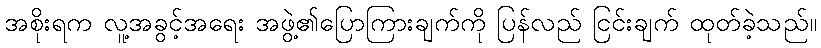
အစိုးရက လူ့အခွင့်အရေး အဖွဲ့၏ပြောကြားချက်ကို ပြန်လည် ငြင်းချက် ထုတ်ခဲ့သည်။